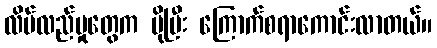
လိမ်လည်မှုတွေက ပိုပြီး ကြောက်စရာကောင်းလာတယ်။